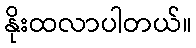
နိုးထလာပါတယ်။